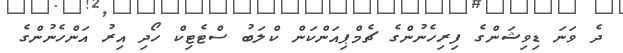
ދެ ވަނަ ޑިވިޝަންގެ ފިރިހެނުންގެ ޗެމްޕިއަންކަން ކްލަބު ސްޓެޓިކް ހޯދި އިރު އަންހެނުންގެ